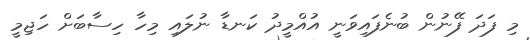
މި ފަދަ ފޭނުން ބުނެފައިވަނީ އުއްމީދު ކަނޑާ ނުލައި މިހާ ހިސާބަށް ހަޖިމީ